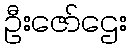
ဦးဇော်ဌေး